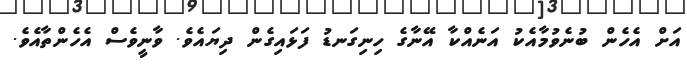
އަށް އެހެން ބުނެވުމާއެކު އަނެއްކާ އޭނާގެ ހިނިގަނޑު ފަޅައިގެން ދިޔައެވެ. ވާނީވެސް އެހެންތާއެވެ.